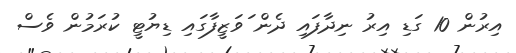
އިރުން 10 ގަޑި އިރު ނިދާފައި ދެން ަަވަޒީފާގައި ޑިޔުޓީ ކުރަމުން ވެސް